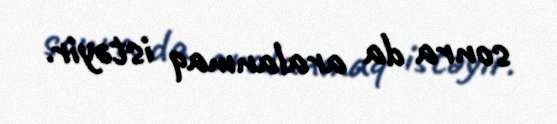
sonra da aralanmaq istəyir.